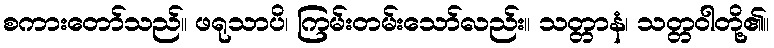
စကားတော်သည်။ ဖရုသာပိ၊ ကြမ်းတမ်းသော်လည်း။ သတ္တာနံ၊ သတ္တဝါတို့၏။